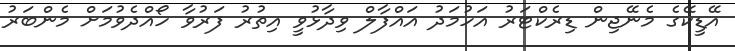
އޭޑީކޭގެ މެނޭޖިން ޑިރެކްޓަރު އަހުމަދު އައްފާލް ވިދާޅުވީ އިތުރު ފަރުވާ ހޯއްދެވުމަށް މެންބަރު